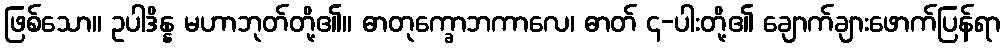
ဖြစ်သော။ ဥပါဒိန္န မဟာဘုတ်တို့၏။ ဓာတုက္ခောဘကာလေ၊ ဓာတ် ၄-ပါးတို့၏ ချောက်ချားဖောက်ပြန်ရာ